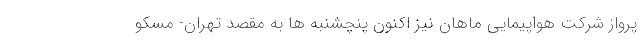
پرواز شرکت هواپیمایی ماهان نیز اکنون پنچشنبه ها به مقصد تهران- مسکو